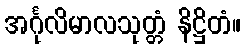
အင်္ဂုလိမာလသုတ္တံ နိဋ္ဌိတံ။